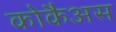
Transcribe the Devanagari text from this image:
कोकैअस